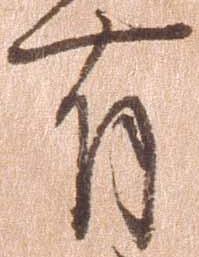
有